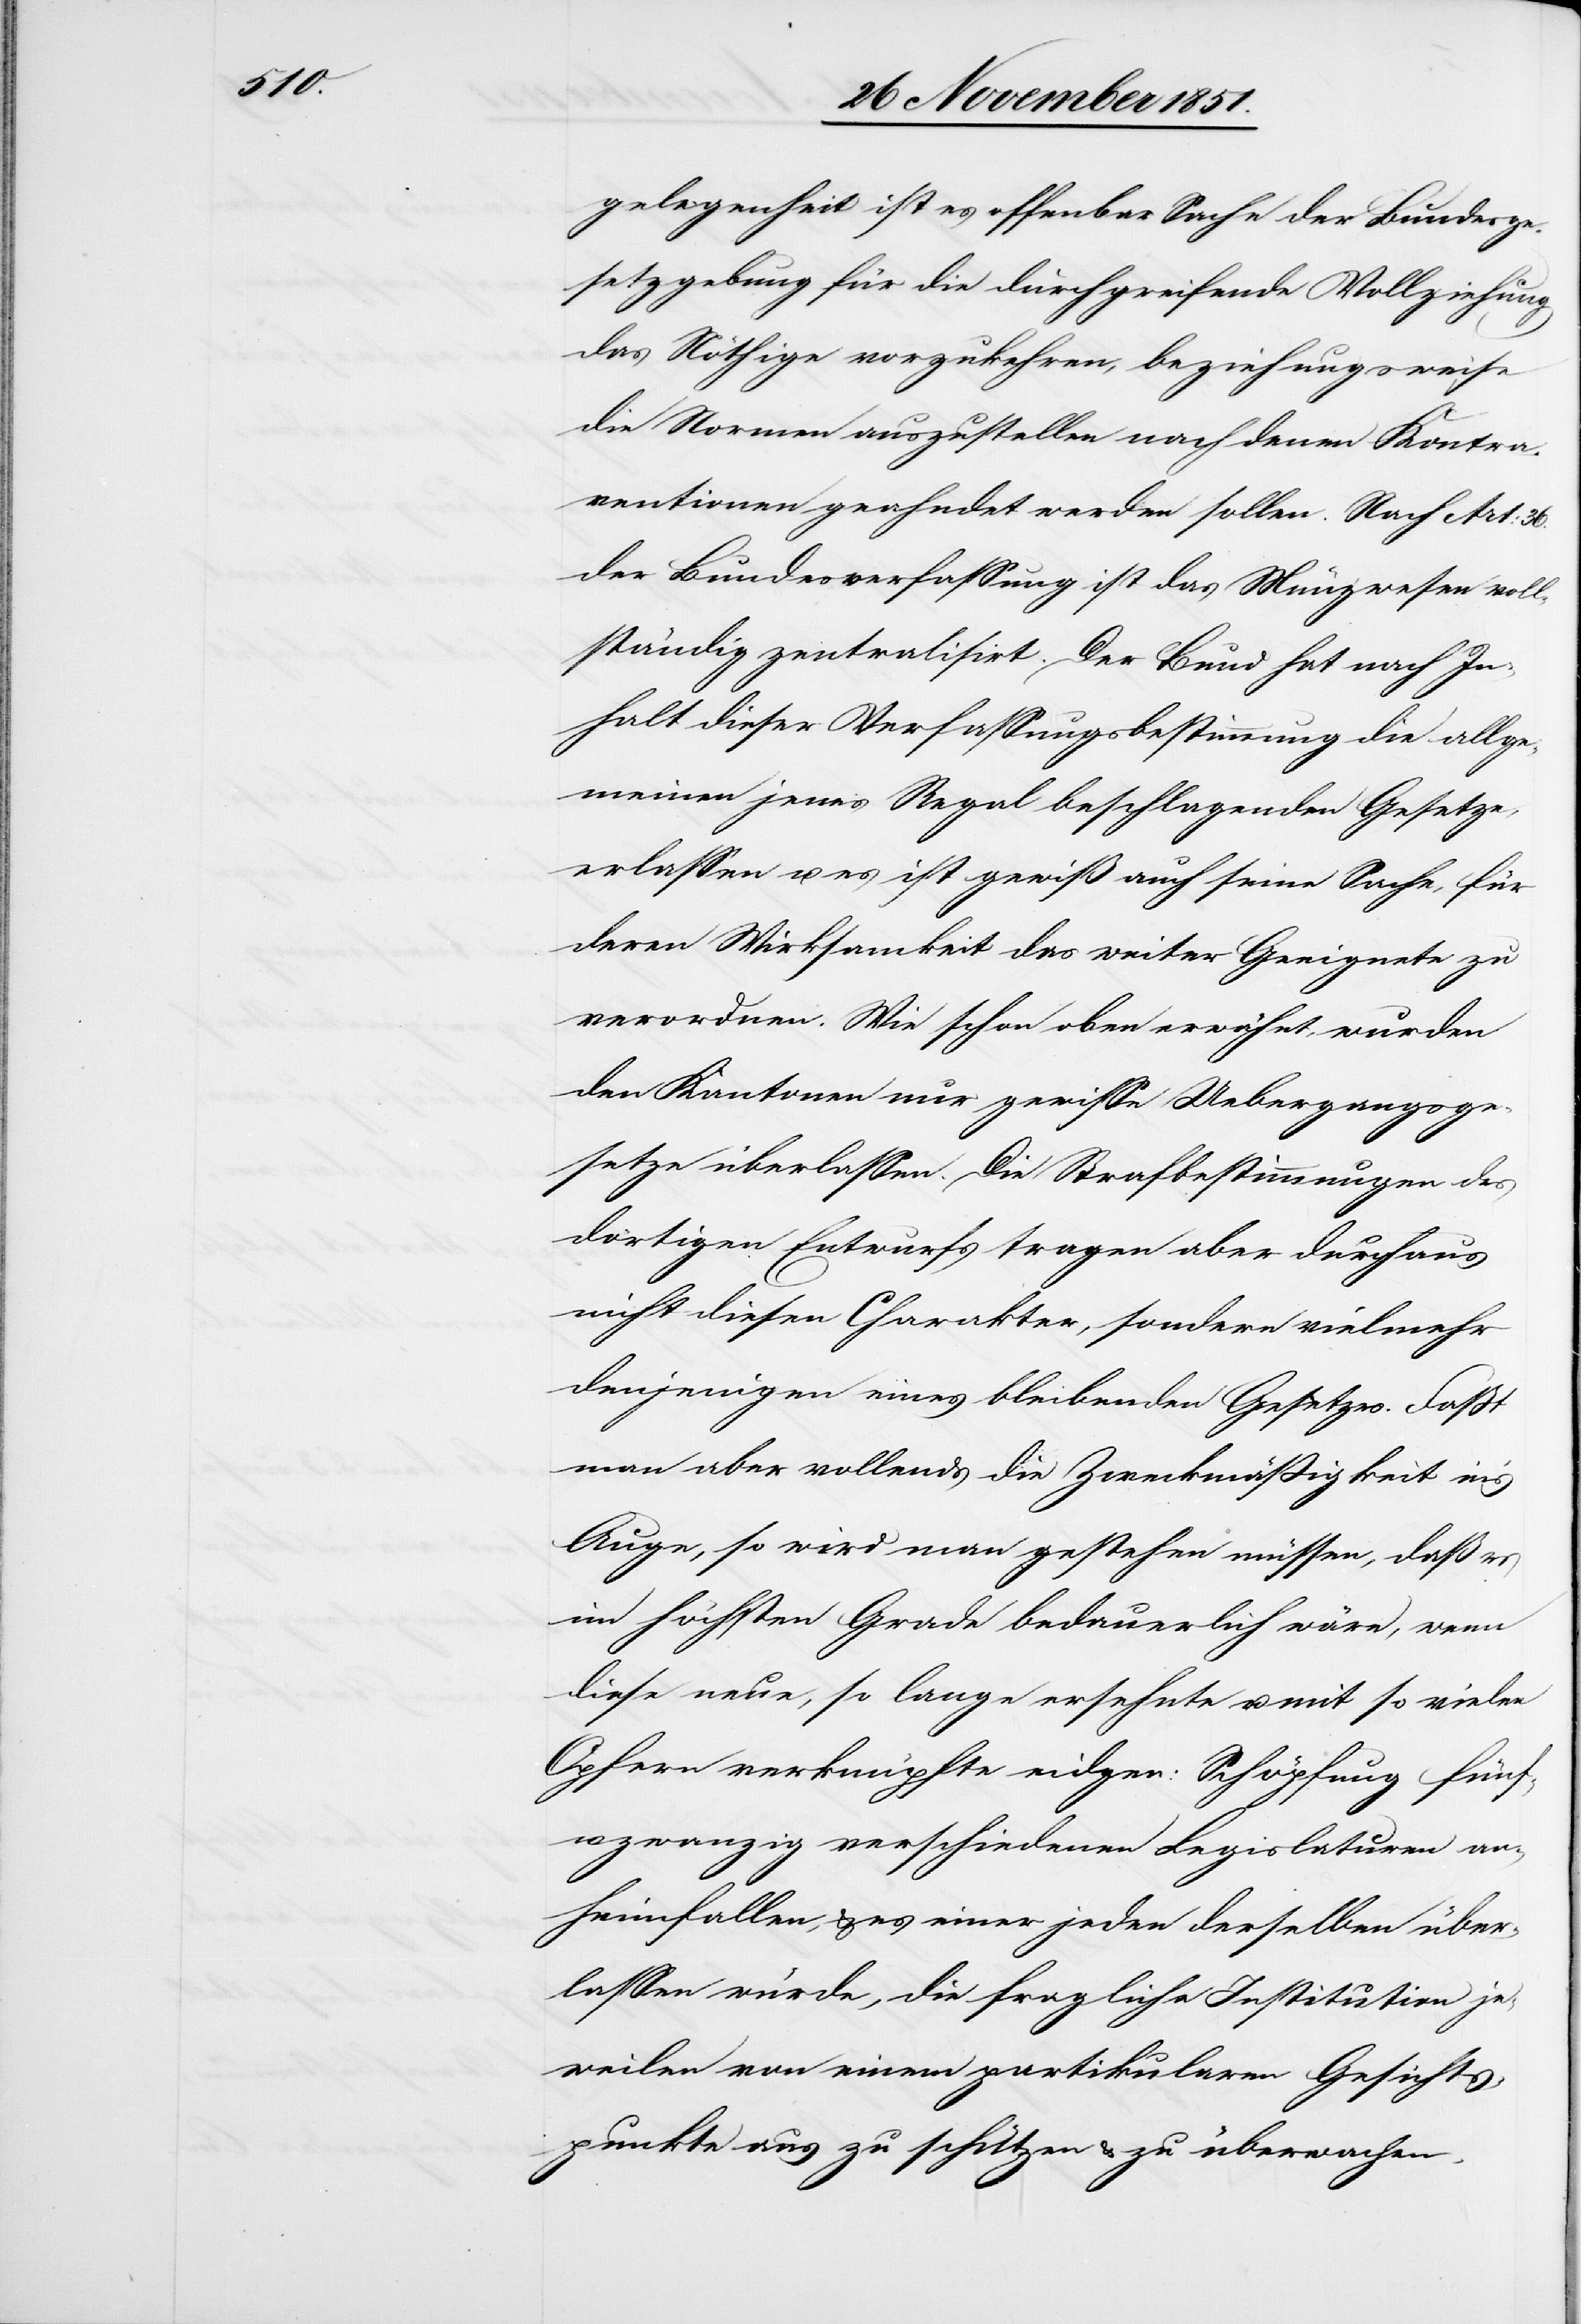
gelegenheit ist es offenbar Sache der Bundesge¬
setzgebung für die durchgreifende Vollziehung
das Nöthige vorzukehren, beziehungsweise
die Normen auszustellen nach denen Kontra¬
ventionen geahndet werden sollen. Nach Art: 36.
der Bundesverfassung ist das Münzwesen voll¬
ständig zentralisirt. Der Bund hat nach In¬
halt dieser Verfassungsbestimmung die allge¬
meinen jenes Regal beschlagenden Gesetze
erlassen u. es ist gewiß auch seine Sache, für
deren Wirksamkeit das weiter Geeignete zu
verordnen. Wie schon oben erwähnt, wurden
den Kantonen nur gewisse Uebergangsge¬
setze überlassen. Die Strafbestimmungen des
dortigen Entwurfs tragen aber durchaus
nicht diesen Charakter, sondern vielmehr
denjenigen eines bleibenden Gesetzes. Faßt
man aber vollends die Zweckmäßigkeit in’s
Auge, so wird man gestehen müssen, daß es
im höchsten Grade bedauerlich wäre, wenn
diese neue, so lange ersehnte u. mit so vielen
Opfern verknüpfte eidgen: Schöpfung fünf¬
u[nd]zwanzig verschiedenen Legislaturen an¬
heimfallen, & es einer jeden derselben über¬
lassen würde, die fragliche Institution je¬
weilen von einem partikularen Gesichts¬
punkte aus zu schützen & zu überwachen.